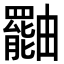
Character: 𤳷